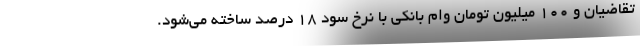
تقاضیان و ۱۰۰ میلیون تومان وام بانکی با نرخ سود ۱۸ درصد ساخته می‌شود.